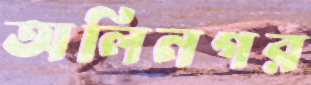
অলিনগর